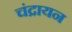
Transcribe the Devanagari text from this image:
चंद्रायन